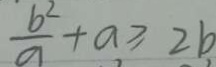
\frac { b ^ { 2 } } { a } + a \geq 2 b